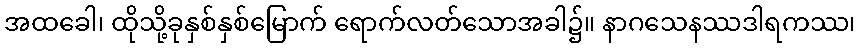
အထခေါ၊ ထိုသို့ခုနှစ်နှစ်မြောက် ရောက်လတ်သောအခါ၌။ နာဂသေနဿဒါရကဿ၊